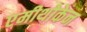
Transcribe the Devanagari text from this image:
एमीथोकेन